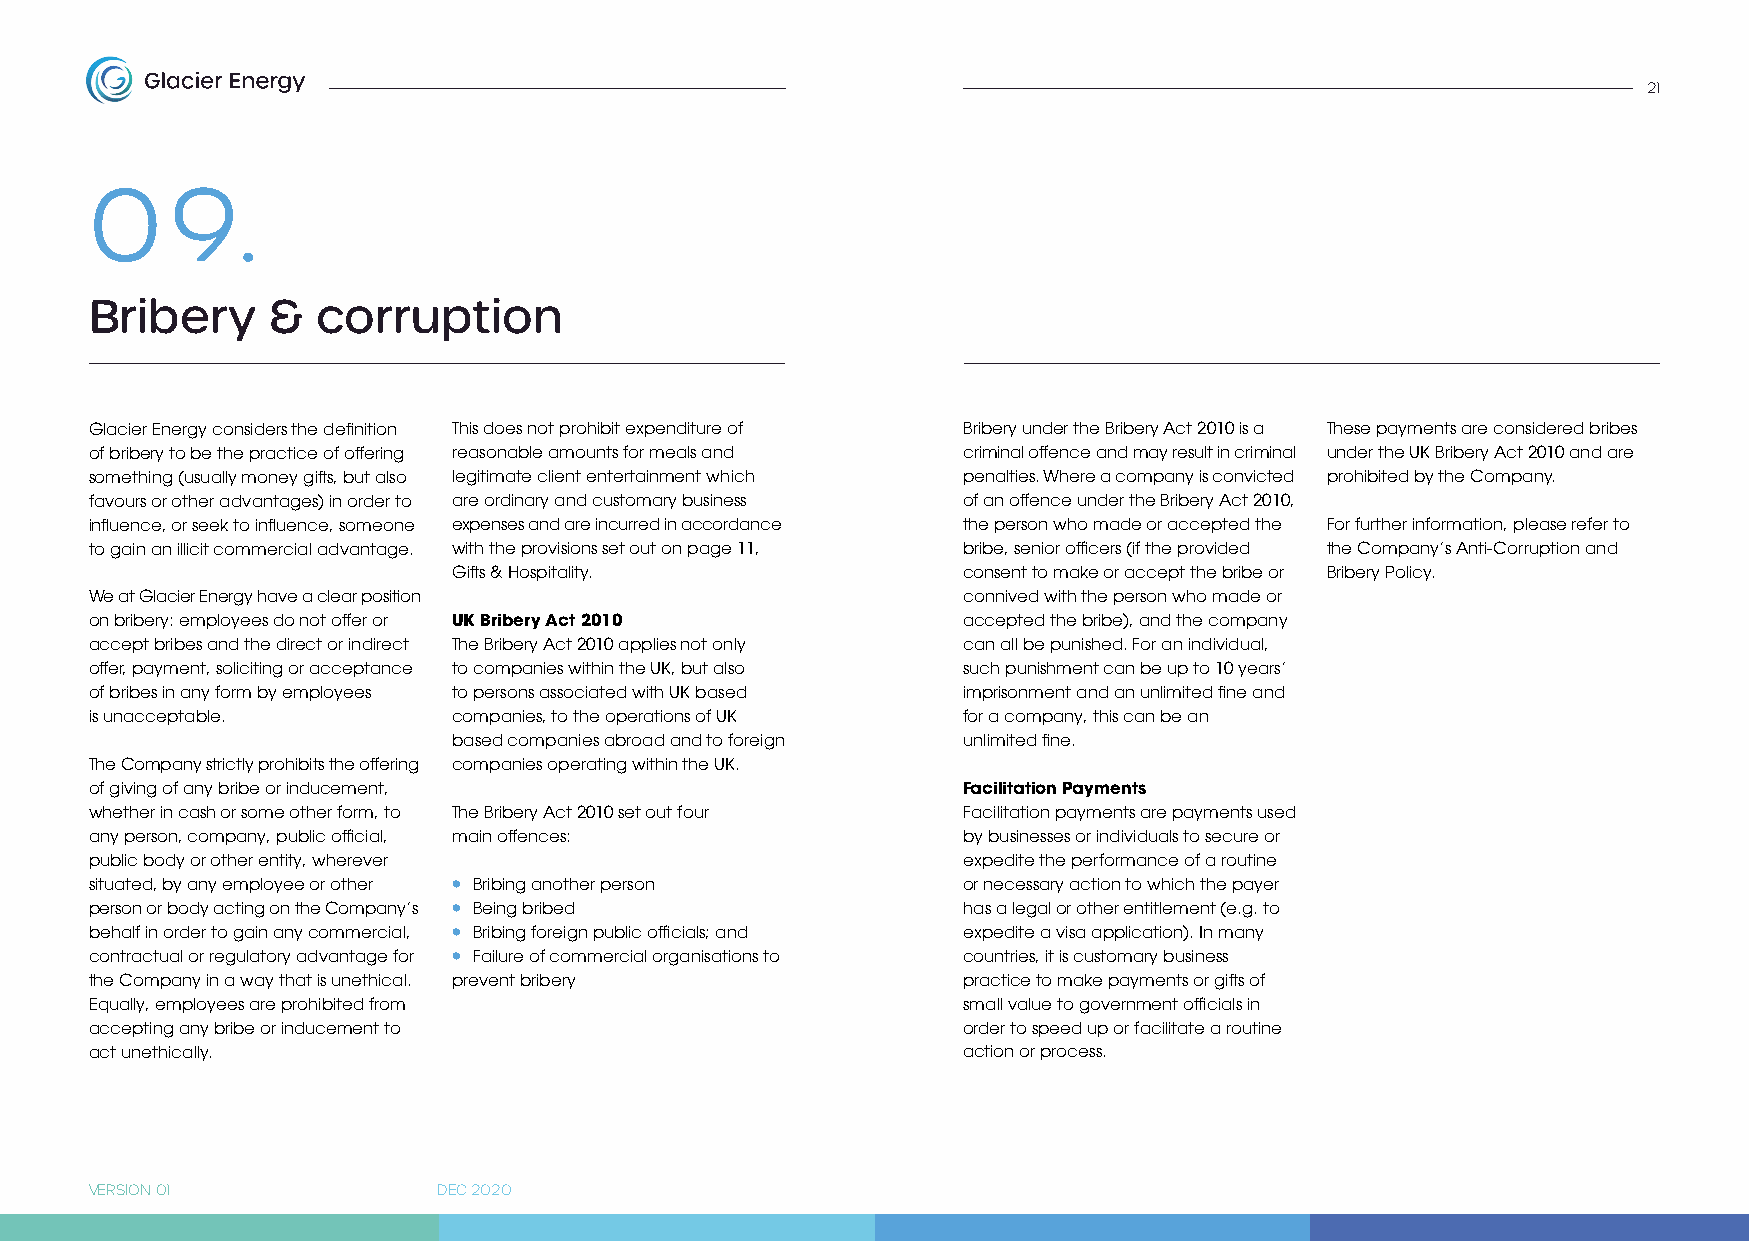
21
 0    9.
 Bribery     &  corruption
 Glacier Energy considers the definition This does not prohibit expenditure of Bribery under the Bribery Act 2010 is a These payments are considered bribes
 of bribery to be the practice of offering reasonable amounts for meals and criminal offence and may result in criminal under the UK Bribery Act 2010 and are
 something (usually money gifts, but also legitimate client entertainment which penalties. Where a company is convicted prohibited by the Company.
 favours or other advantages) in order to are ordinary and customary business of an offence under the Bribery Act 2010,
 influence, or seek to influence, someone expenses and are incurred in accordance the person who made or accepted the For further information, please refer to
 to gain an illicit commercial advantage. with the provisions set out on page 11, bribe, senior officers (if the provided the Company’s Anti-Corruption and
 Gifts & Hospitality.              consent to make or accept the bribe or Bribery Policy.
 We at Glacier Energy have a clear position                connived with the person who made or
 on bribery: employees do not offer or UK Bribery Act 2010 accepted the bribe), and the company
 accept bribes and the direct or indirect The Bribery Act 2010 applies not only can all be punished. For an individual,
 offer, payment, soliciting or acceptance to companies within the UK, but also such punishment can be up to 10 years’
 of bribes in any form by employees to persons associated with UK based imprisonment and an unlimited fine and
 is unacceptable.        companies, to the operations of UK for a company, this can be an
 based companies abroad and to foreign unlimited fine.
 The Company strictly prohibits the offering companies operating within the UK.
 of giving of any bribe or inducement,                     Facilitation Payments
 whether in cash or some other form, to The Bribery Act 2010 set out four Facilitation payments are payments used
 any person, company, public official, main offences:      by businesses or individuals to secure or
 public body or other entity, wherever                     expedite the performance of a routine
 situated, by any employee or other • Bribing another person or necessary action to which the payer
 person or body acting on the Company’s • Being bribed     has a legal or other entitlement (e.g. to
 behalf in order to gain any commercial, • Bribing foreign public officials; and expedite a visa application). In many
 contractual or regulatory advantage for • Failure of commercial organisations to countries, it is customary business
 the Company in a way that is unethical. prevent bribery   practice to make payments or gifts of
 Equally, employees are prohibited from                    small value to government officials in
 accepting any bribe or inducement to                      order to speed up or facilitate a routine
 act unethically.                                          action or process.
 VERSION 01             DEC 2020